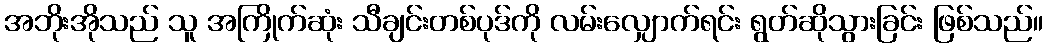
အဘိုးအိုသည် သူ အကြိုက်ဆုံး သီချင်းတစ်ပုဒ်ကို လမ်းလျှောက်ရင်း ရွတ်ဆိုသွားခြင်း ဖြစ်သည်။